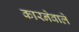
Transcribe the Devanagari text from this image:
कारनेवाले